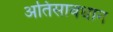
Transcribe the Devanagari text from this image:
अतिसावधान